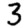
Digit: 3